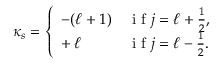
\kappa _ { s } = \left\{ \begin{array} { l l } { - ( \ell + 1 ) } & { \mathrm { ~ i ~ f ~ } j = \ell + \frac { 1 } { 2 } , } \\ { + \, \ell } & { \mathrm { ~ i ~ f ~ } j = \ell - \frac { 1 } { 2 } . } \end{array} \right.